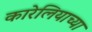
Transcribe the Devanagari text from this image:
कारेलियाच्या